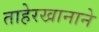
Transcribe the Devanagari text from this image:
ताहेरखानाने